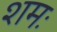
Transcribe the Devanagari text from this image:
शमः